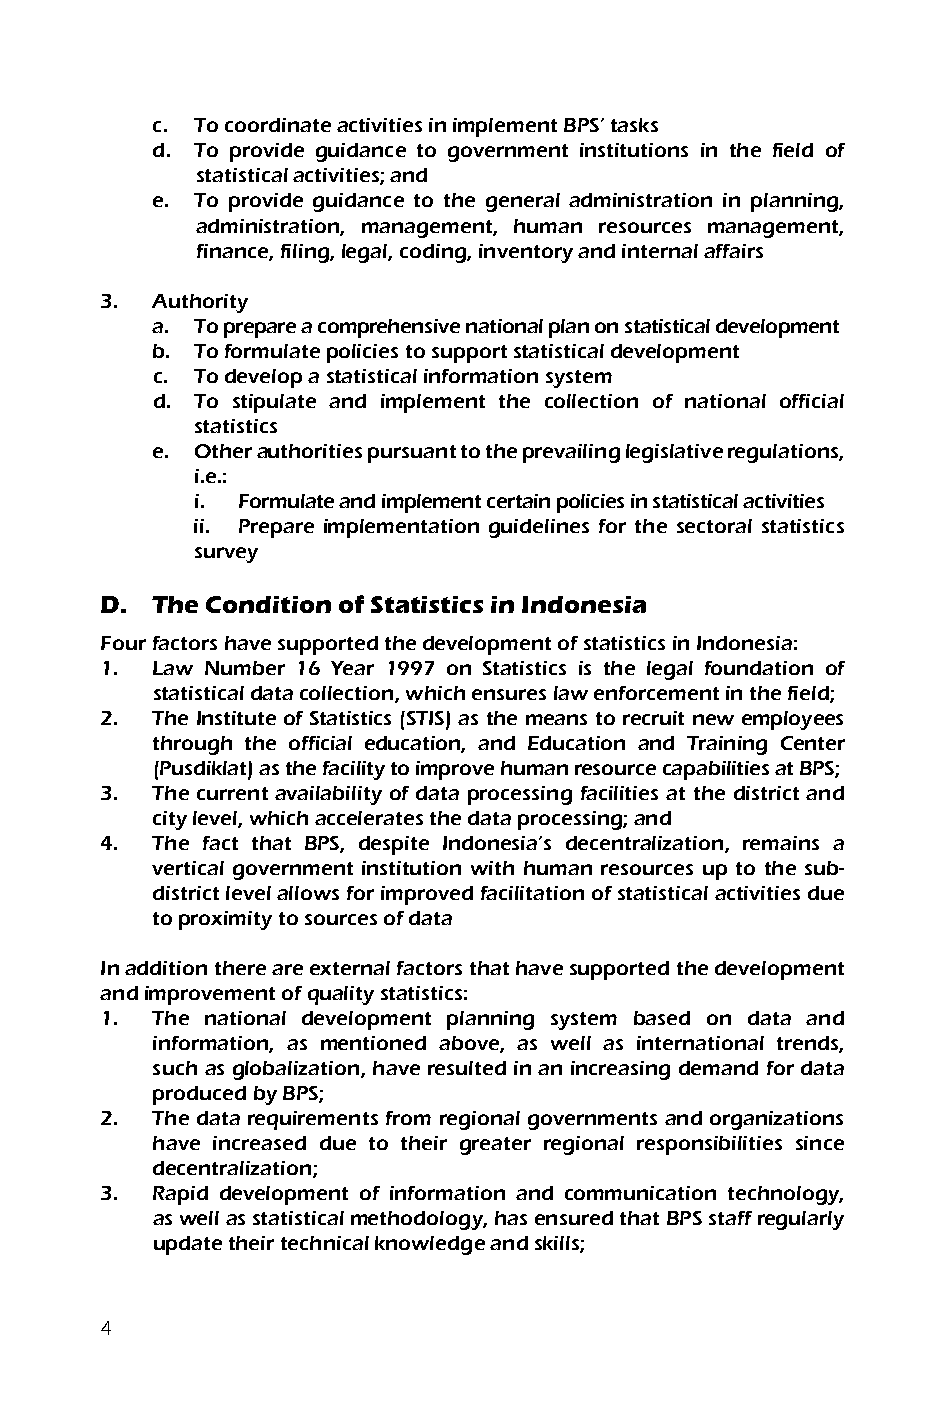
c. To coordinate activities in implement BPS’ tasks
 d. To provide guidance to government institutions in the field of
 statistical activities; and
 e. To provide guidance to the general administration in planning,
 administration, management, human resources management,
 finance, filing, legal, coding, inventory and internal affairs
 3. Authority
 a. To prepare a comprehensive national plan on statistical development
 b. To formulate policies to support statistical development
 c. To develop a statistical information system
 d. To stipulate and implement the collection of national official
 statistics
 e. Other authorities pursuant to the prevailing legislative regulations,
 i.e.:
 i. Formulate and implement certain policies in statistical activities
 ii. Prepare implementation guidelines for the sectoral statistics
 survey
 D. The Condition of Statistics in Indonesia
 Four factors have supported the development of statistics in Indonesia:
 1. Law Number 16 Year 1997 on Statistics is the legal foundation of
 statistical data collection, which ensures law enforcement in the field;
 2. The Institute of Statistics (STIS) as the means to recruit new employees
 through the official education, and Education and Training Center
 (Pusdiklat) as the facility to improve human resource capabilities at BPS;
 3. The current availability of data processing facilities at the district and
 city level, which accelerates the data processing; and
 4. The fact that BPS, despite Indonesia’s decentralization, remains a
 vertical government institution with human resources up to the sub-
 district level allows for improved facilitation of statistical activities due
 to proximity to sources of data
 In addition there are external factors that have supported the development
 and improvement of quality statistics:
 1. The national development planning system based on data and
 information, as mentioned above, as well as international trends,
 such as globalization, have resulted in an increasing demand for data
 produced by BPS;
 2. The data requirements from regional governments and organizations
 have increased due to their greater regional responsibilities since
 decentralization;
 3. Rapid development of information and communication technology,
 as well as statistical methodology, has ensured that BPS staff regularly
 update their technical knowledge and skills;
 